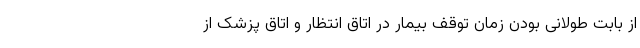
از بابت طولانی بودن زمان توقف بیمار در اتاق انتظار و اتاق پزشک از